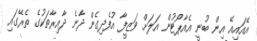
އޭއައިއޭ އިން ބުނީ އެއާޕޯޓުން އަލަށް ވަޒީފާ އުފެދިގެން ދާނެ ދާއިރާތަކުގެ ތެރޭގައި